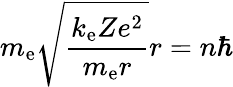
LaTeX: m_{\mathrm{e}}{\sqrt{\frac{k_{\mathrm{e}}Ze^{2}}{m_{\mathrm{e}}r}}}r=n\hbar